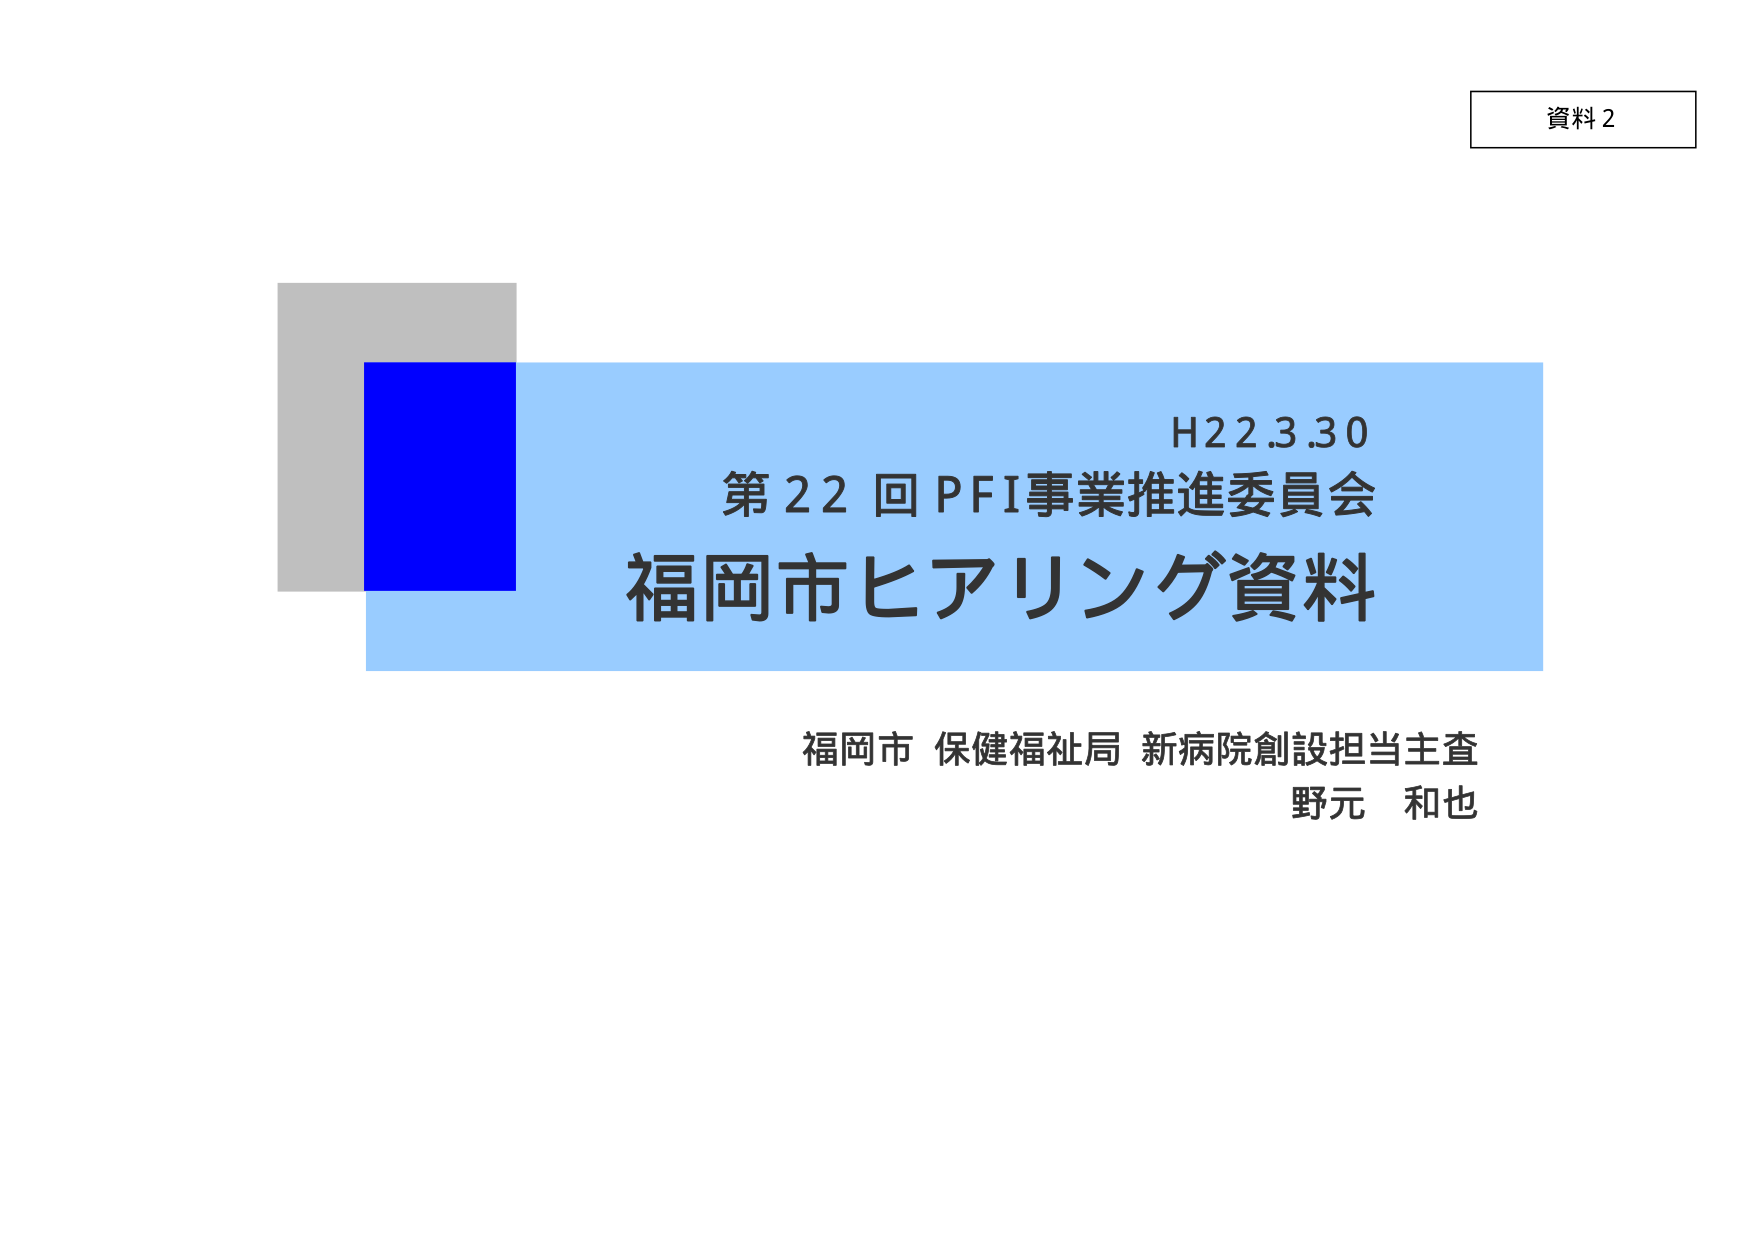
資料2
H22.3.30
第22回PFI事業推進委員会
福岡市ヒアリング資料
福岡市 保健福祉局 新病院創設担当主査
野元 和也